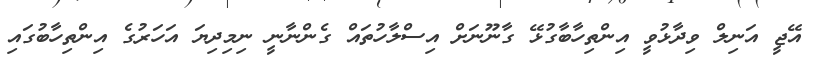
އޭޖީ އަނިލް ވިދާޅުވީ އިންތިހާބާގުޅޭ ގާނޫނަށް އިސްލާހުތައް ގެންނާނީ ނިމިދިޔަ އަހަރުގެ އިންތިހާބުގައި